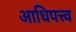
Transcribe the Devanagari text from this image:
आधिपत्त्व